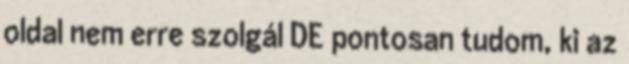
oldal nem erre szolgál DE pontosan tudom, ki az